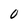
Character: 0